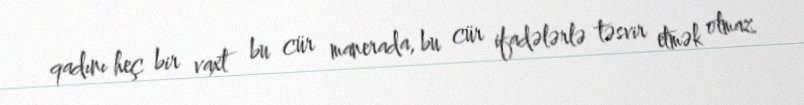
qadını heç bir vaxt bu cür manerada, bu cür ifadələrlə təsvir etmək olmaz.